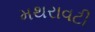
મથરાવટી